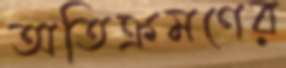
অতিক্রমণের